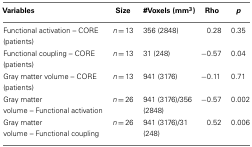
<table><thead><tr><td><b>Variables</b></td><td><b>Size</b></td><td><b>#Voxels (mm<sup>3</sup>)</b></td><td><b>Rho</b></td><td><b><i>p</i></b></td></tr></thead><tbody><tr><td>Functional activation – CORE (patients)</td><td><i>n</i> = 13</td><td>356 (2848)</td><td>0.28</td><td>0.35</td></tr><tr><td>Functional coupling – CORE (patients)</td><td><i>n</i> = 13</td><td>31 (248)</td><td>−0.57</td><td>0.04</td></tr><tr><td>Gray matter volume – CORE (patients)</td><td><i>n</i> = 13</td><td>941 (3176)</td><td>−0.11</td><td>0.71</td></tr><tr><td>Gray matter volume – Functional activation</td><td><i>n</i> = 26</td><td>941 (3176)/356 (2848)</td><td>−0.57</td><td>0.002</td></tr><tr><td>Gray matter volume – Functional coupling</td><td><i>n</i> = 26</td><td>941 (3176)/31 (248)</td><td>0.52</td><td>0.006</td></tr></tbody></table>